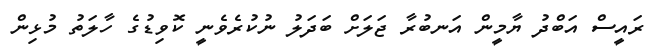
ރައީސް އަބްދު ޔާމީން އަނބުރާ ޖަލަށް ބަދަލު ނުކުރެވެނީ ކޮވިޑުގެ ހާލަތު މުޅިން